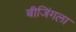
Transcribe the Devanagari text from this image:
बीजिंगला